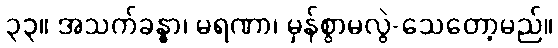
၃၃။ အသက်ခန္ဓာ၊ မရဏာ၊ မှန်စွာမလွဲ-သေတော့မည်။